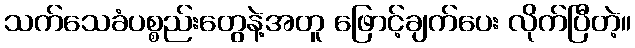
သက်သေခံပစ္စည်းတွေနဲ့အတူ ဖြောင့်ချက်ပေး လိုက်ပြီတဲ့။